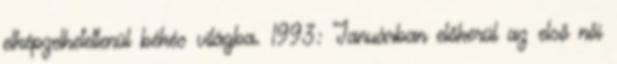
elképzelhetetlenül békés világba. 1993: Januárban előkerül az első női